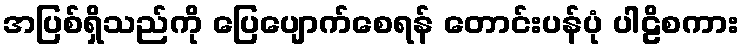
အပြစ်ရှိသည်ကို ပြေပျောက်စေရန် တောင်းပန်ပုံ ပါဠိစကား